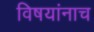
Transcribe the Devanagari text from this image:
विषयांनाच